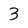
Character: 3